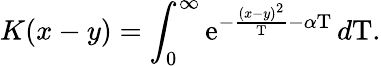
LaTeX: K(x-y)=\int_{0}^{\infty}\mathrm{e}^{-{\frac{{(x-y)^{2}}}{{\mathrm{{T}}}}}-\alpha\mathrm{{T}}}\, d\mathrm{{T}}.